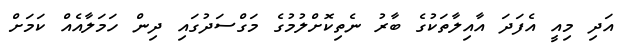
އަދި މިއީ އެފަދަ އާއިލާތަކުގެ ބާރު ނެތިކޮށްލުމުގެ މަގްސަދުގައި ދިން ހަމަލާއެއް ކަމަށް